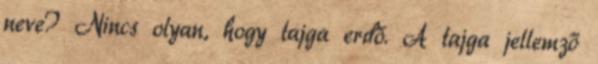
neve? Nincs olyan, hogy tajga erdő. A tajga jellemző